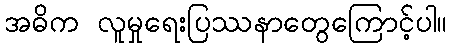
အဓိက လူမှုရေးပြဿနာတွေကြောင့်ပါ။